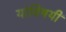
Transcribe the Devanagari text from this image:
यांविषयीं